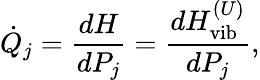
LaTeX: \dot{Q}_{j}=\frac{dH}{dP_{j}}=\frac{dH_{\textrm{vib}}^{(U)}}{dP_{j}},